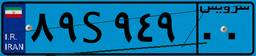
۸۹S۹۴۹۰۰